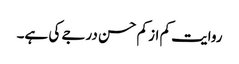
روایت کم از کم حسن درجے کی ہے۔